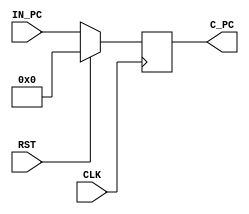
module Vr_PC(
    input CLK,
    input RST,
    input [31:0] IN_PC,
    output [31:0] C_PC
    );
    reg [31:0] PC;
    always @ (posedge CLK) begin
      if (RST) begin
         PC <= 0;
       end
      else begin
         PC <= IN_PC;
      end
   end
   assign C_PC = PC;
endmodule


module Vr_PC_ADD(
   input [2:0]B_AND_ALU,
   input [31:0] Imm_Exten,      
   input [31:0] C_PC,
   input [31:0] JALR,    
   output [31:0] NEXT_PC
   );
   reg [31:0] NEXT_PC_REG;
   always @ (B_AND_ALU, Imm_Exten, JALR, C_PC) begin 
      if (B_AND_ALU[0] == 1) begin
            NEXT_PC_REG <= C_PC + (Imm_Exten);
      end
      else begin
         if (B_AND_ALU[2:1] == 2'b11)   NEXT_PC_REG <= JALR;
         else if (B_AND_ALU[2:1] == 2'b10) NEXT_PC_REG <= C_PC + (Imm_Exten);
         else  NEXT_PC_REG <= C_PC + 4;
      end
   end

   assign NEXT_PC = NEXT_PC_REG;

endmodule
    
module Vr_IMM_GEN(
    input [31:0] Inst,
    output [31:0] Imm_OUT
    );
    reg [31:0] Imm_OUT_REG;
    reg [1:0]  JMP_SIG_REG;    
   always @ (Inst) begin
      case (Inst[6:0])
         7'b1100011 :              Imm_OUT_REG = {{20{Inst[31]}},Inst[7],Inst[30:25],Inst[11:8],1'b0}; //branch
         7'b0000011 , 7'b0010011 : Imm_OUT_REG = {{20{Inst[31]}}, Inst[31:20]}; //  LW ADDI
         7'b1100111 :              Imm_OUT_REG = {{20{Inst[31]}}, Inst[31:20]};     //JALR
         7'b0100011:               Imm_OUT_REG = {{20{Inst[31]}}, Inst[31:25], Inst[11:7]};        //SW
         7'b1101111:               Imm_OUT_REG = {{12{Inst[31]}}, Inst[19:12], Inst[20], Inst[30:21], 1'b0}; //jal
         default : Imm_OUT_REG = {32{1'bx}};
      endcase
   end
    assign JMP_SIG = JMP_SIG_REG;
    assign Imm_OUT = Imm_OUT_REG;
endmodule

module Vr_Reg_MUX(
    input [31:0] RD2,
    input [31:0] Imm_Exten,
    input ALUSrc,
    output [31:0] REG_MUX_OUT
    );
   reg [31:0] REG_MUX_REG;
   always @ (RD2, Imm_Exten, ALUSrc) begin
      if (ALUSrc) begin
              REG_MUX_REG = Imm_Exten;   
      end
      else  begin
            REG_MUX_REG = RD2;
      end
   end
   assign REG_MUX_OUT = REG_MUX_REG;
endmodule

module Vr_ALU(
    input [31:0] RD1,
    input [31:0] REG_MUX_SEL,
    input [3:0] ALU_CTRL,
    output ZERO,
    output [31:0] ALU_OUT
    );
   reg [31:0] ALU_REG;
   reg ZERO_REG;
   always @ (RD1, REG_MUX_SEL, ALU_CTRL) begin
       case (ALU_CTRL)
          4'b0000 : begin
            ALU_REG = RD1 & REG_MUX_SEL;
            ZERO_REG = 0;
          end//AND
         4'b0001 : begin
           ALU_REG = RD1 | REG_MUX_SEL;
           ZERO_REG = 0;
         end//OR
         4'b0010 :  begin
           ALU_REG = RD1 + REG_MUX_SEL;
           ZERO_REG = 0;
         end//Add
         4'b0110 :  begin
           ALU_REG = RD1 - REG_MUX_SEL;
           ZERO_REG = (ALU_REG == 0) ? 1 : 0;
         end//Sub
         4'b0111 :  begin
           ALU_REG = RD1 << REG_MUX_SEL[4:0];
           ZERO_REG = 1;           
         end//Shift left
         4'b1010 :  begin
           ALU_REG = 32'b0;
           ZERO_REG = ($signed(RD1) < $signed(REG_MUX_SEL)) ? 1 : 0;        
         end//BLT
         4'b1011 :  begin
           ALU_REG = 32'b0;
           ZERO_REG = ($signed(RD1) >= $signed(REG_MUX_SEL)) ? 1 : 0;        
         end//BGE
         default :  begin
           ZERO_REG =  0;        
         end//BGE
      endcase
   end
   assign ZERO = ZERO_REG;
   assign ALU_OUT = ALU_REG;
endmodule

module Vr_ALU_CTRL(
    input [31:0] Inst,
    input [1:0] ALU_OP,
    output [3:0] ALU_SEL_OUT
    );
   reg [31:0] ALU_SEL_REG;
   always @ (Inst, ALU_OP) begin
       case (ALU_OP)
          2'b00 : ALU_SEL_REG = 4'b0010;
         //LW, SW, JALR
          2'b01 : begin
                    if(Inst[14:12] == 3'b000) begin
                      ALU_SEL_REG = 4'b0110; // BEQ
                  end 
                  else if(Inst[14:12] == 3'b100) begin
                      ALU_SEL_REG = 4'b1010; // BLT
                  end
                  else if(Inst[14:12] == 3'b101) begin
                      ALU_SEL_REG = 4'b1011; // BGE
                  end
                  else begin
                      ALU_SEL_REG = 4'bxxxx;
                  end 
         end
         //Branch
         2'b10 : begin //R-Type
              if(Inst[31:25] != 0) begin
                  ALU_SEL_REG = 4'b0110;
              end
              else begin
                  if(Inst[14:12] == 0) begin
                      ALU_SEL_REG = 4'b0010;
                  end //ADD
                  else if(Inst[14:12] == 7) begin
                      ALU_SEL_REG = 4'b0000;
                  end //AND
                  else begin
                      ALU_SEL_REG = 4'b0001;
                  end //OR
              end
         end//Add
         2'b11 : begin //R-Type
                 if(Inst[14:12] == 0) begin
                      ALU_SEL_REG = 4'b0010;
                  end //ADD
                  else if(Inst[14:12] == 1) begin
                      ALU_SEL_REG = 4'b0111;
                  end //SHIFT
         end
         default : ALU_SEL_REG = 4'b1111;
         //Sub
      endcase
   end
   assign ALU_SEL_OUT = ALU_SEL_REG;
endmodule

module Vr_Data_MUX(
    input [31:0] RD_OUT,
    input [31:0] ALU_RESULT,
    input [31:0] C_PC,
    input [1:0] MW,
    output [31:0] WD
    );
   reg [31:0] WD_REG;
   always @ (RD_OUT, ALU_RESULT, MW) begin
      if (MW[1] == 0) begin
            if (MW[0] == 1) begin
                  WD_REG = RD_OUT;
            end
            else  begin
                  WD_REG = ALU_RESULT;
            end
        end
      else begin
                  WD_REG = C_PC + 4;
      end
   end
   
   assign WD = WD_REG;
endmodule

module Vr_CTRL(
    input [6:0] Inst_CTRL,
    input ALU_ZERO,
    output [9:0] CTRL
    );
   reg [9:0] CTRL_REG;
   reg AND_REG;
   reg CTRL0;
   always @ (Inst_CTRL) begin
   //RegWirte / ALU Src / MW / ALUOp(2) / MemDataSel(2) / JMP /Branch 
      case(Inst_CTRL)
         7'b1101111 : CTRL_REG = 10'b1x0xx10100;  //JAL
         7'b1100111 : CTRL_REG = 10'b1100010110;  //JALR
         7'b1100011 : CTRL_REG = 10'b00001xx0x1;  //Branch
         7'b0000011 : CTRL_REG = 10'b11000010x0;  //LW
         7'b0100011 : CTRL_REG = 10'b01100000x0;  //SW
         7'b0010011 : CTRL_REG = 10'b11011000x0;  //ADDi / SLLi
         7'b0110011 : CTRL_REG = 10'b10010000x0;  //ADD (R-type)
         default    : CTRL_REG = 10'bxxxxxxxxxx;
      endcase
      
   end
   
   assign CTRL[9:1] = CTRL_REG[9:1];
   assign CTRL[0] = ALU_ZERO & CTRL_REG[0];
endmodule